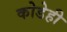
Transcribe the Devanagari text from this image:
कोडेही